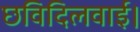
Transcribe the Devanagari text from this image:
छविदिलवाई।